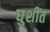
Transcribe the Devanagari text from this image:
घुशींत